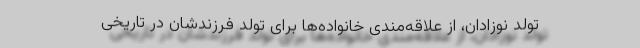
تولد نوزادان، از علاقه‌مندی خانواده‌ها برای تولد فرزندشان در تاریخی